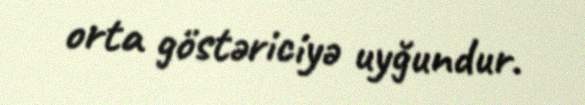
orta göstəriciyə uyğundur.